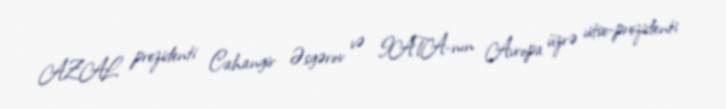
AZAL prezidenti Cahangir Əsgərov və IATA-nın Avropa üzrə vitse-prezidenti